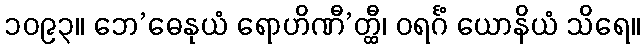
၁၀၉၃။ ဘေ’ဓေနုယံ ရောဟိဏီ’တ္ထီ၊ ဝရင်္ဂံ ယောနိယံ သိရေ။